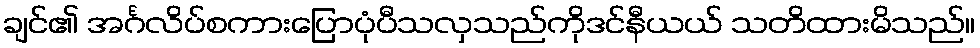
ချင်၏ အင်္ဂလိပ်စကားပြောပုံပီသလှသည်ကိုဒင်နီယယ် သတိထားမိသည်။